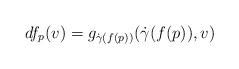
LaTeX: \begin{align*}df_{p}(v)=g_{\dot\gamma(f(p))}({\dot\gamma(f(p))},v)\end{align*}